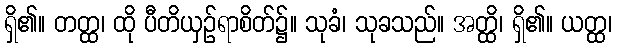
ရှိ၏။ တတ္ထ၊ ထို ပီတိယှဉ်ရာစိတ်၌။ သုခံ၊ သုခသည်။ အတ္ထိ၊ ရှိ၏။ ယတ္ထ၊